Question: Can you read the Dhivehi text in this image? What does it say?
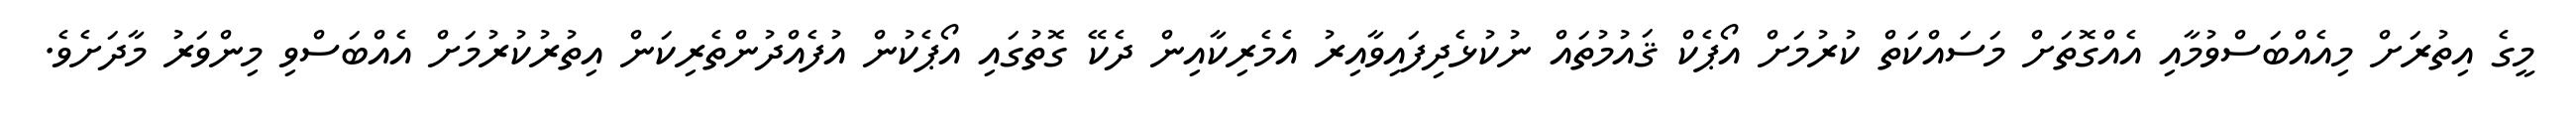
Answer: މީގެ އިތުރަށް މިއެއްބަސްވުމާއި އެއްގޮތަށް މަސައްކަތް ކުރުމަށް އޯޕެކް ޤައުމުތައް ނުކުޅެދިފައިވާއިރު އެމެރިކާއިން ދެކޭ ގޮތުގައި އޯޕެކުން އުފެއްދުންތެރިކަން އިތުރުކުރުމަށް އެއްބަސްވި މިންވަރު މާދަށެވެ.